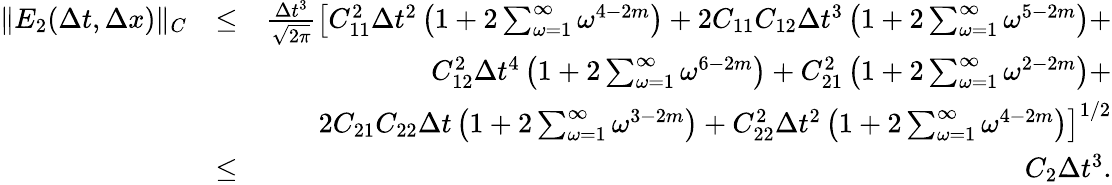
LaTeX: \begin{array}{rlr}{\| E_{2}(\Delta t,\Delta x)\| _{C}}&{\leq}&{\frac{\Delta t^{3}}{\sqrt{2\pi}}\left[C_{11}^{2}\Delta t^{2}\left(1+2\sum_{\omega=1}^{\infty}\omega^{4-2m}\right)+2C_{11}C_{12}\Delta t^{3}\left(1+2\sum_{\omega=1}^{\infty}\omega^{5-2m}\right)+\right.}\\ &{}&{\left.C_{12}^{2}\Delta t^{4}\left(1+2\sum_{\omega=1}^{\infty}\omega^{6-2m}\right)+C_{21}^{2}\left(1+2\sum_{\omega=1}^{\infty}\omega^{2-2m}\right)+\right.}\\ &{}&{\left.2C_{21}C_{22}\Delta t\left(1+2\sum_{\omega=1}^{\infty}\omega^{3-2m}\right)+C_{22}^{2}\Delta t^{2}\left(1+2\sum_{\omega=1}^{\infty}\omega^{4-2m}\right)\right]^{1/2}}\\ &{\leq}&{C_{2}\Delta t^{3}.}\end{array}